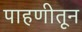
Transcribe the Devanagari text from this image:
पाहणीतून